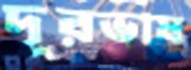
দূরভাষ